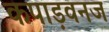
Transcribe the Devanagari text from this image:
कपाड़वनज